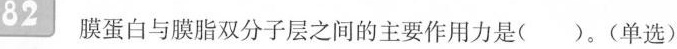
82膜蛋白与膜脂双分子层之间的主要作用力是( )。(单选)